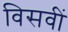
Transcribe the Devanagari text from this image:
विसवीं